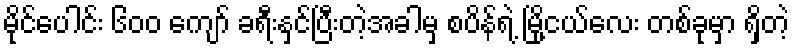
မိုင်ပေါင်း ၆၀၀ ကျော် ခရီးနှင်ပြီးတဲ့အခါမှ စပိန်ရဲ့ မြို့ငယ်လေး တစ်ခုမှာ ရှိတဲ့